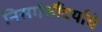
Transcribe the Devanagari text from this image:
निसर्गसौंदर्याचे